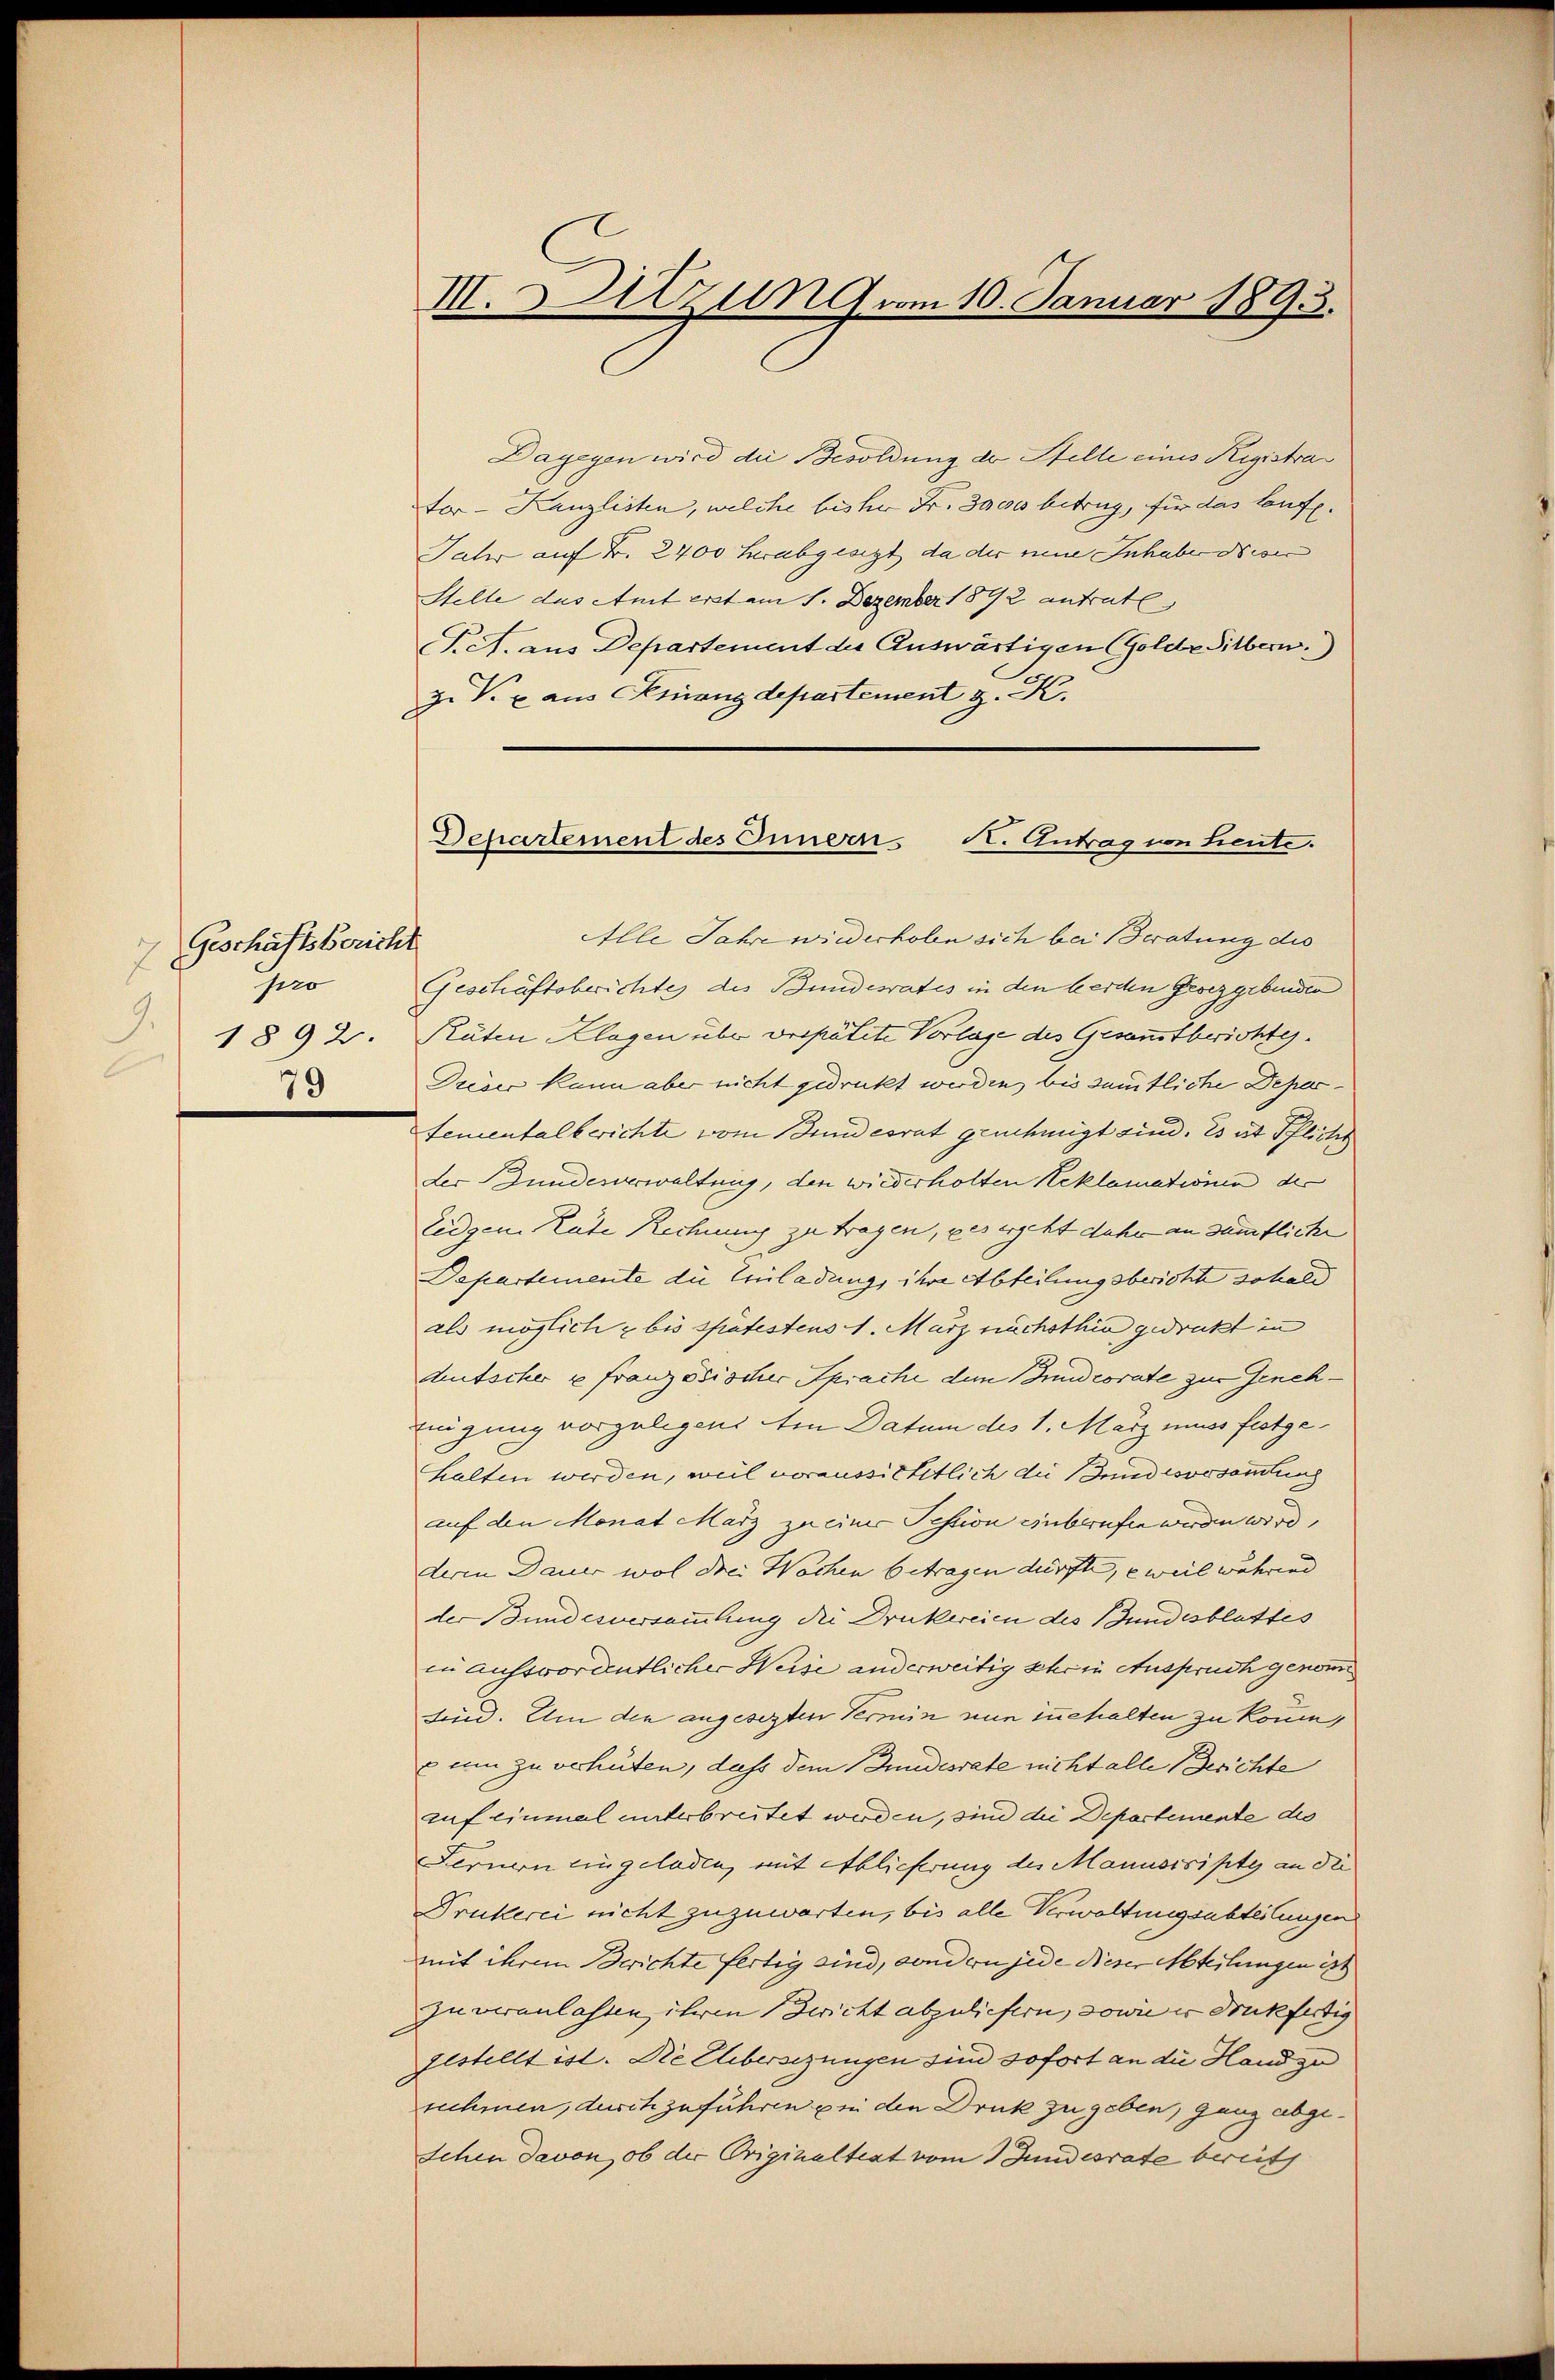
Geschäftsbericht
7
Jero
9.
1892.
79

III. Sitzung vom 10. Januar 1893.

Dagegen wird die Besoldung der Stelle eines Registra
ter-Kanzlisten, welche bisher Fr. 3oces betrug, für das laufe.
Jahr auf Fr. 2400 herabgesegt, da der neue Inhaber dieser
Stelle das Amt erst am 1. Dezember 1892 antratl
T. A. aus Departement die Auswärtigen (Golde Silbern)
Z. V. x aus Finanzdepartement z. K.
Alle Jahre wiederholen sich bei Beratung die
Geschäftsberichtes des Bundesrates in den werden Groszgebenden
Ruten Klagen über verpätete Vorlage des Gesamtberichtes.
Dreser kann aber nicht gedruckt werden, bis sämmtliche Departementalberichte vom Bundesrat genehmigt sind. Es ist Pflicht
der Bundesverwaltung, den wiederholten Reklamationen der
Eidgen. Rate Rechnung zu tragen, des ergeht daher an sämtliche
Departemente die Einladungs ihre Abteilungsbericht sobald
als möglich & bis spätestens 1. März nachsthin gedruckt in
Mutscher u Französischer Sprache dem Bundcorate zur Geneh¬
Eigung vorgelegen. Ein Datum des 1. März muss festgehalten werden, weil voraussichtlich die und vorsammlung
auf den Monat März zu einer Pession einbrufen werden wird,
deren Dauer wol drei Wochen betragen dürfte, e weil während
der Bundesversammlung die Druckereien des Bundesblattes
in aufsvordentlicher Weise anderweitig schon Auspruch genom
sind. Um den angesezten Termin nun zuhalten zu können,
e um zu verhüten, dass dem Bundesrate nicht alle Berichte
ruf einmal unterbreitet worden, sind die Departemente des
Fernern eingeladen, mit Ablieferung des Manuscripte an die
Drukerei nicht zuzuwarten, bis alle Verwaltungsabteilungen
mit ihrem Berichte fertig sind, sondern jede dieser Abteilungen ist
zu veranlassen, ihren Bericht abzuliefern, sowie er druckfertig
gestellt ist. Die Elbersezungen sind sofort an die Hand zu
snehmen, durchzuführen in den Druk zu geben, ganz abge¬
Schen davon, ob der Originaltest vom 1 Jundesrate bereits

Departement des Innern N. Antrag von Lieute.